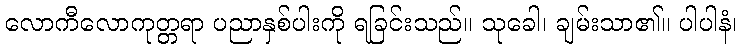
လောကီလောကုတ္တရာ ပညာနှစ်ပါးကို ရခြင်းသည်။ သုခေါ၊ ချမ်းသာ၏။ ပါပါနံ၊